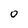
Character: 0